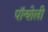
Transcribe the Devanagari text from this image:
पॉन्शेली